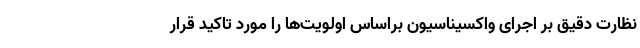
نظارت دقیق بر اجرای واکسیناسیون براساس اولویت‌ها را مورد تاکید قرار